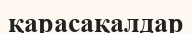
қарасақалдар